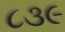
૮૩૯